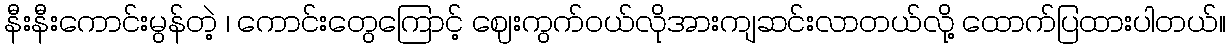
နီးနီးကောင်းမွန်တဲ့ ၊ ကောင်းတွေကြောင့် ဈေးကွက်ဝယ်လိုအားကျဆင်းလာတယ်လို့ ထောက်ပြထားပါတယ်။